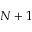
N + 1